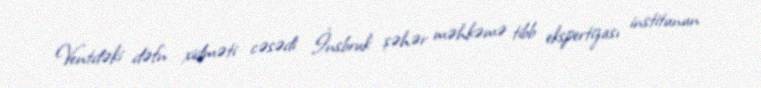
Ventdəki dəfn xidməti cəsədi İnsbruk şəhər məhkəmə tibb ekspertizası institunun